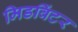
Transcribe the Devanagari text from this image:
मिडविंटर